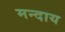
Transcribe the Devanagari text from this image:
मन्दाय